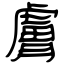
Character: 膚